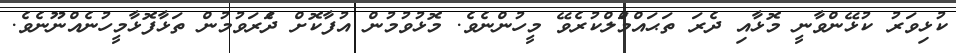
ކުޅިވަރު ކުޅޭންވާނީ މޮޅާއި ދެރަ ތަޙައްމަްލްކުރެވޭ މީހުންނެވެ. މޮޅުވުމުން އުފާކޮށް ދެަރަވުމުން ތަޅާފޮޅާމީހުނެއްނޫނެވެ.